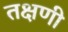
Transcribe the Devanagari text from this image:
तक्षणी